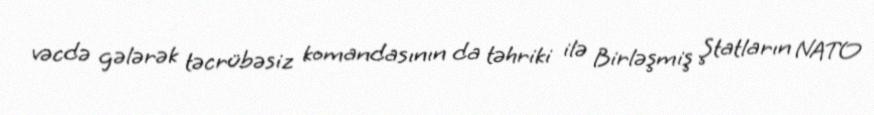
vəcdə gələrək təcrübəsiz komandasının da təhriki ilə Birləşmiş Ştatların NATO